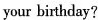
your birthday?